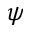
\psi